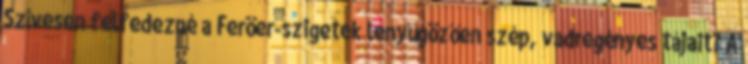
Szívesen felfedezné a Feröer-szigetek lenyűgözően szép, vadregényes tájait? A